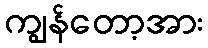
ကျွန်တော့အား